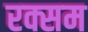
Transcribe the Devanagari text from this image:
रक्सम